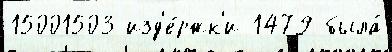
15001503 изд'е́ржк'и 1479 была́